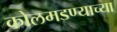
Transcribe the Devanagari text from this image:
कोलमडण्याच्या